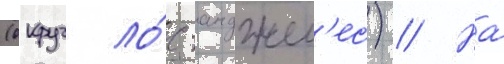
(округ ло́с-анджел'ес) // На́